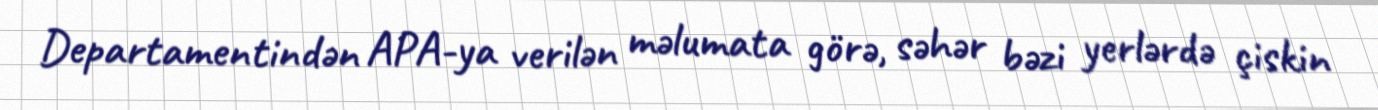
Departamentindən APA-ya verilən məlumata görə, səhər bəzi yerlərdə çiskin